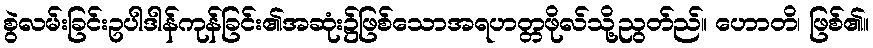
စွဲလမ်းခြင်းဥပါဒါန်ကုန်ခြင်း၏အဆုံး၌ဖြစ်သောအရဟတ္တဖိုလ်သို့ညွတ်ည်။ ဟောတိ၊ ဖြစ်၏။